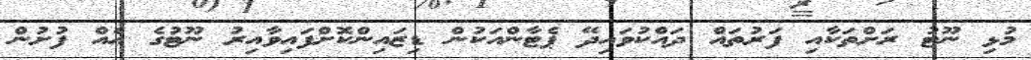
މުޅި ނޫޓު ރަށްތަކާއި ފަރުތައް ދައްކުވައިދޭ ޕެޓާންއަކުން ޑިޒައިންކޮށްފައިވާއިރު ނޫޓުގެ އެއް ފުށުން